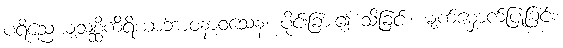
ပရိညေယျသစ္ဆိကိရိယာဘာဝနာဝသေန၊ ပိုင်းခြား၍ သိခြင်း၊ မျက်မှောက်ပြုခြင်း၊